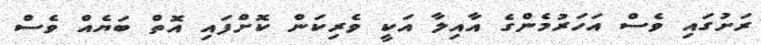
ރަށުގައި ވެސް އަހަރުމެންގެ އާއިލާ އަކީ ވެރިކަން ކޮށްފައި އޮތް ބަޔެއް ވެސް